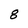
Character: 8